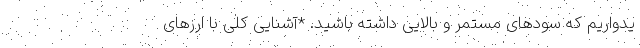
یدواریم که سودهای مستمر و بالایی داشته باشید. *آشنایی کلی با ارزهای